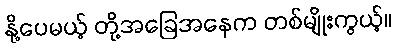
နို့ပေမယ့် တို့အခြေအနေက တစ်မျိုးကွယ့်။